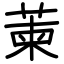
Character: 萰